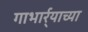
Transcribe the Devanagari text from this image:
गाभार्र्‍याच्या